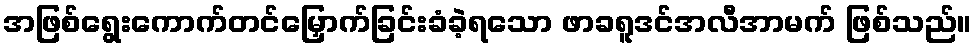
အဖြစ်ရွေးကောက်တင်မြှောက်ခြင်းခံခဲ့ရသော ဖာခရူဒင်အလီအာမက် ဖြစ်သည်။